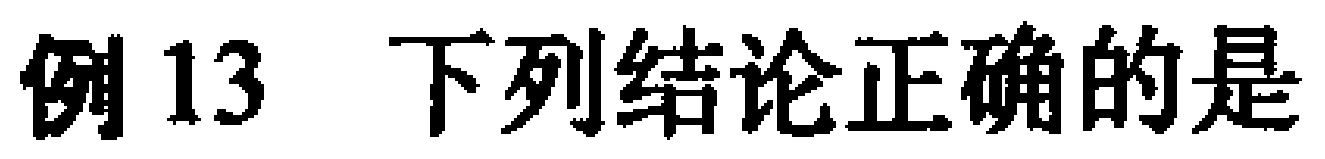
例 13 下列结论正确的是